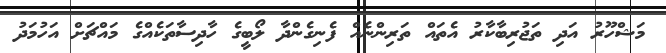
މަޝްހޫރު އަދި ތަޖުރިބާކާރު އެތައް ތަރިންނެއް ފެނިގެންދާ ލޯބީގެ ހާދިސާތަކެއްގެ މައްޗަށް އަހުމަދު